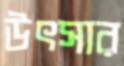
উৎসার